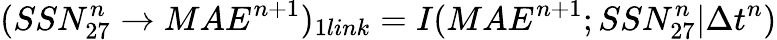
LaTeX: \large(SSN_{27}^{n}\rightarrow MAE^{n+1}\large)_{1link}=I(MAE^{n+1};SSN_{27}^{n}|\Delta t^{n})